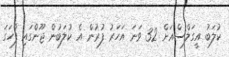
ކުލަބު އީގަލްސްއަށް 32 ވަނަ އަހަރު ފުރުން އެ ކުލަބުން ޖޫންގައި ފާހަގަ